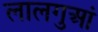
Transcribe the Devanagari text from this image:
लालगुआं